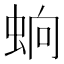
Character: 䖮